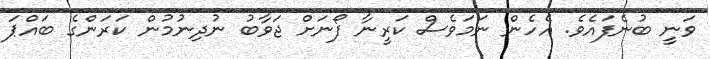
ވަނީ ބުނެފައެވެ. އެހެން ނަމަވެސް ކަރީނާ ފޯނަށް ޖަވާބު ނުދިނުމުން ކަރަންގެ ބައްޕަ